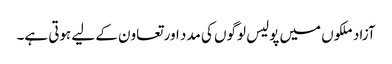
آزاد ملکوں میں پولیس لوگوں کی مدد اور تعاون کے لیے ہوتی ہے۔